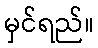
မှင်ရည်။